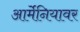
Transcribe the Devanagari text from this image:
आर्मेनियावर